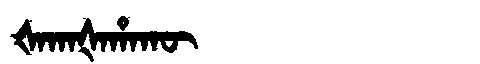
Manchu: ᡧᠠᡴᠠᡧᠠᡥᠠᡴᡡ
Romanization: ŠAKAŠAHAKŪ